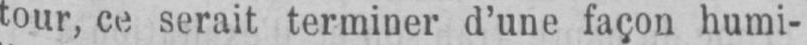
tour, ce serait terminer d’une façon humi-